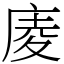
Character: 庱